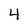
Character: 4